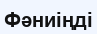
Фәниіңді